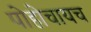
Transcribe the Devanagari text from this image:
पोहोचायच